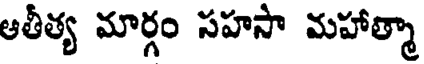
ఆతీత్య మార్గం సహసా మహాత్మా